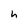
Character: h